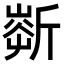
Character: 𣂹